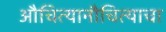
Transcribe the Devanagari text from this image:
औचित्यानौचित्याचा